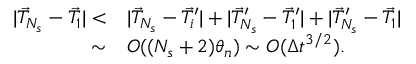
\begin{array} { r l } { | \vec { T } _ { N _ { s } } - \vec { T } _ { 1 } | < } & { | \vec { T } _ { N _ { s } } - \vec { T } _ { i } ^ { \prime } | + | \vec { T } _ { N _ { s } } ^ { \prime } - \vec { T } _ { 1 } ^ { \prime } | + | \vec { T } _ { N _ { s } } ^ { \prime } - \vec { T } _ { 1 } | } \\ { \sim } & { O ( ( N _ { s } + 2 ) \theta _ { n } ) \sim O ( \Delta t ^ { 3 / 2 } ) . } \end{array}